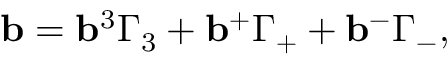
{ \bf b } = { \bf b } ^ { 3 } \Gamma _ { 3 } + { \bf b } ^ { + } \Gamma _ { + } + { \bf b } ^ { - } \Gamma _ { - } ,